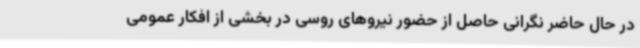
در حال حاضر نگرانی حاصل از حضور نیروهای روسی در بخشی از افکار عمومی